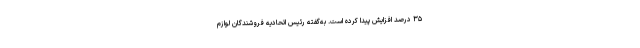
۳۵ درصد افزایش پیدا کرده است. به‌گفته رئیس اتحادیه فروشندگان لوازم